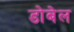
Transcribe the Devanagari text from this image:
डोबेल